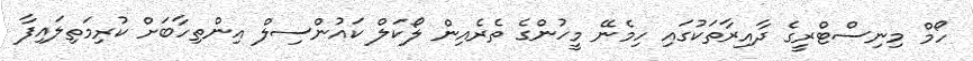
ހޯމް މިނިސްޓްރީގެ ދާއިރާތަކުގައި ހިމެނޭ މީހުންގެ ތެރެއިން ލޯކަލް ކައުންސިލް އިންތިހާބަށް ކުރިމަތިލައިފާ